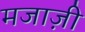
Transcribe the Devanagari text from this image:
मजाज़ी